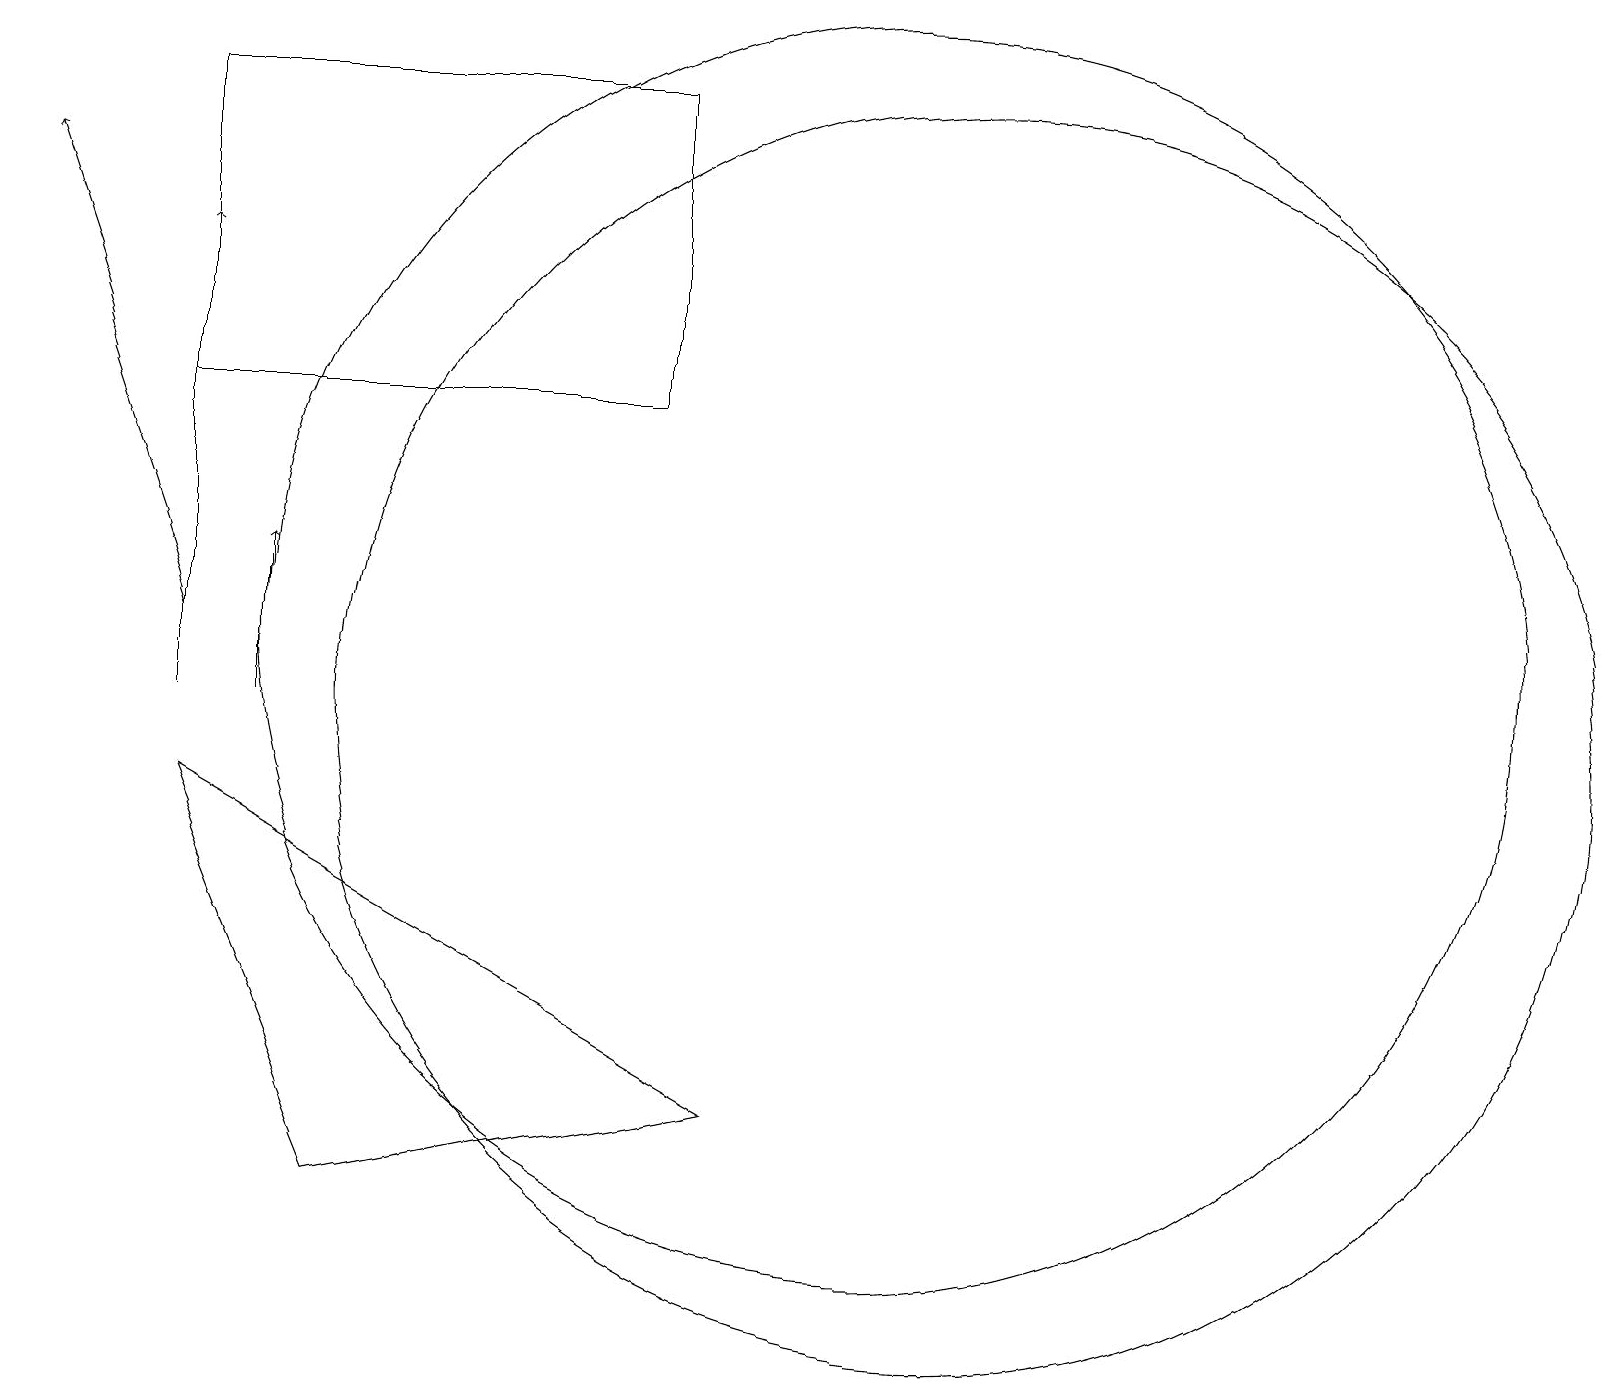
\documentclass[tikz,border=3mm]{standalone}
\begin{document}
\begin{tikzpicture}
\draw (4,4) -- (9,5) -- (2,9) -- cycle;
\draw (11,11) circle (8);
\draw[->] (2,10) -- (2,16);
\draw (12,10) circle (8);
\draw[->] (2,11) -- (0,17);
\draw (2,18) rectangle (8,14);
\draw[->] (3,10) -- (3,12);
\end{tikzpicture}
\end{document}